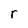
Character: r